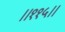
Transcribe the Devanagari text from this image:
।।११५।।